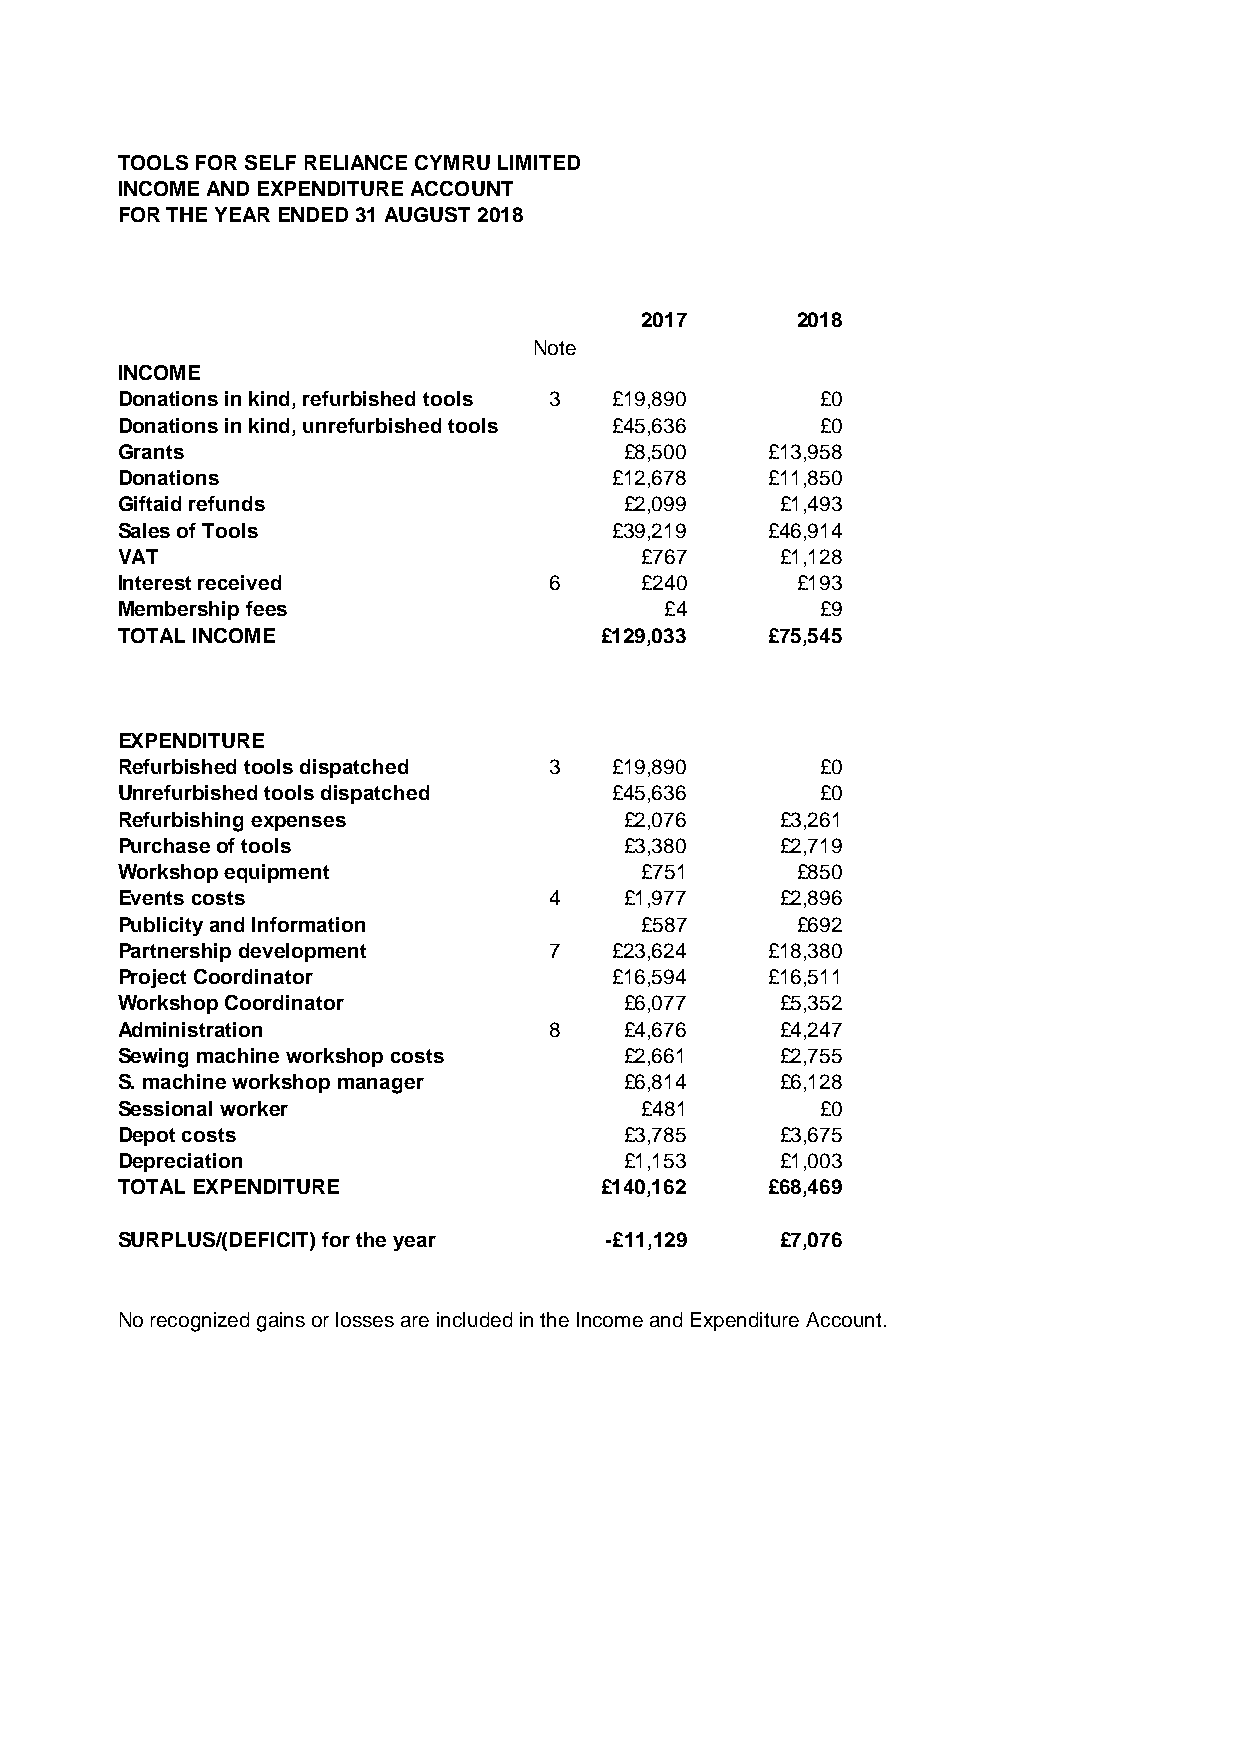
TOOLS FOR SELF RELIANCE CYMRU LIMITED
 INCOME AND EXPENDITURE ACCOUNT
 FOR THE YEAR ENDED 31 AUGUST 2018
 2017       2018
 Note
 INCOME
 Donations in kind, refurbished tools 3 £19,890 £0
 Donations in kind, unrefurbished tools £45,636 £0
 Grants                           £8,500    £13,958
 Donations                        £12,678   £11,850
 Giftaid refunds                  £2,099     £1,493
 Sales of Tools                   £39,219   £46,914
 VAT                               £767      £1,128
 Interest received           6     £240       £193
 Membership fees                     £4        £9
 TOTAL INCOME                    £129,033   £75,545
 EXPENDITURE
 Refurbished tools dispatched 3   £19,890      £0
 Unrefurbished tools dispatched   £45,636      £0
 Refurbishing expenses            £2,076     £3,261
 Purchase of tools                £3,380     £2,719
 Workshop equipment                £751       £850
 Events costs                4    £1,977     £2,896
 Publicity and Information         £587       £692
 Partnership development     7    £23,624   £18,380
 Project Coordinator              £16,594   £16,511
 Workshop Coordinator             £6,077     £5,352
 Administration              8    £4,676     £4,247
 Sewing machine workshop costs    £2,661     £2,755
 S. machine workshop manager      £6,814     £6,128
 Sessional worker                  £481        £0
 Depot costs                      £3,785     £3,675
 Depreciation                     £1,153     £1,003
 TOTAL EXPENDITURE               £140,162   £68,469
 SURPLUS/(DEFICIT) for the year  -£11,129    £7,076
 No recognized gains or losses are included in the Income and Expenditure Account.